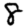
Digit: 8